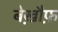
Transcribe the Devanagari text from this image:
बेख़ौफ़